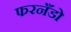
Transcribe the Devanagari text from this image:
फरनँडो